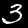
Digit: 3